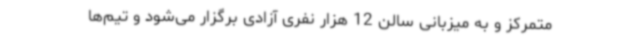
متمرکز و به میزبانی سالن 12 هزار نفری آزادی برگزار می‌شود و تیم‌ها